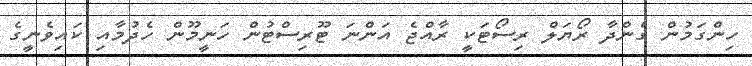
ހިންގަމުން ގެންދާ ރޯޔަލް ރިސޯޓަކީ ރާއްޖެ އަންނަ ޓޫރިސްޓުން ހަނީމޫން ހެދުމާއި ކައިވެނީގެ